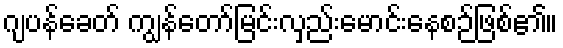
ဂျပန်ခေတ် ကျွန်တော်မြင်းလှည်းမောင်းနေစဉ်ဖြစ်၏။